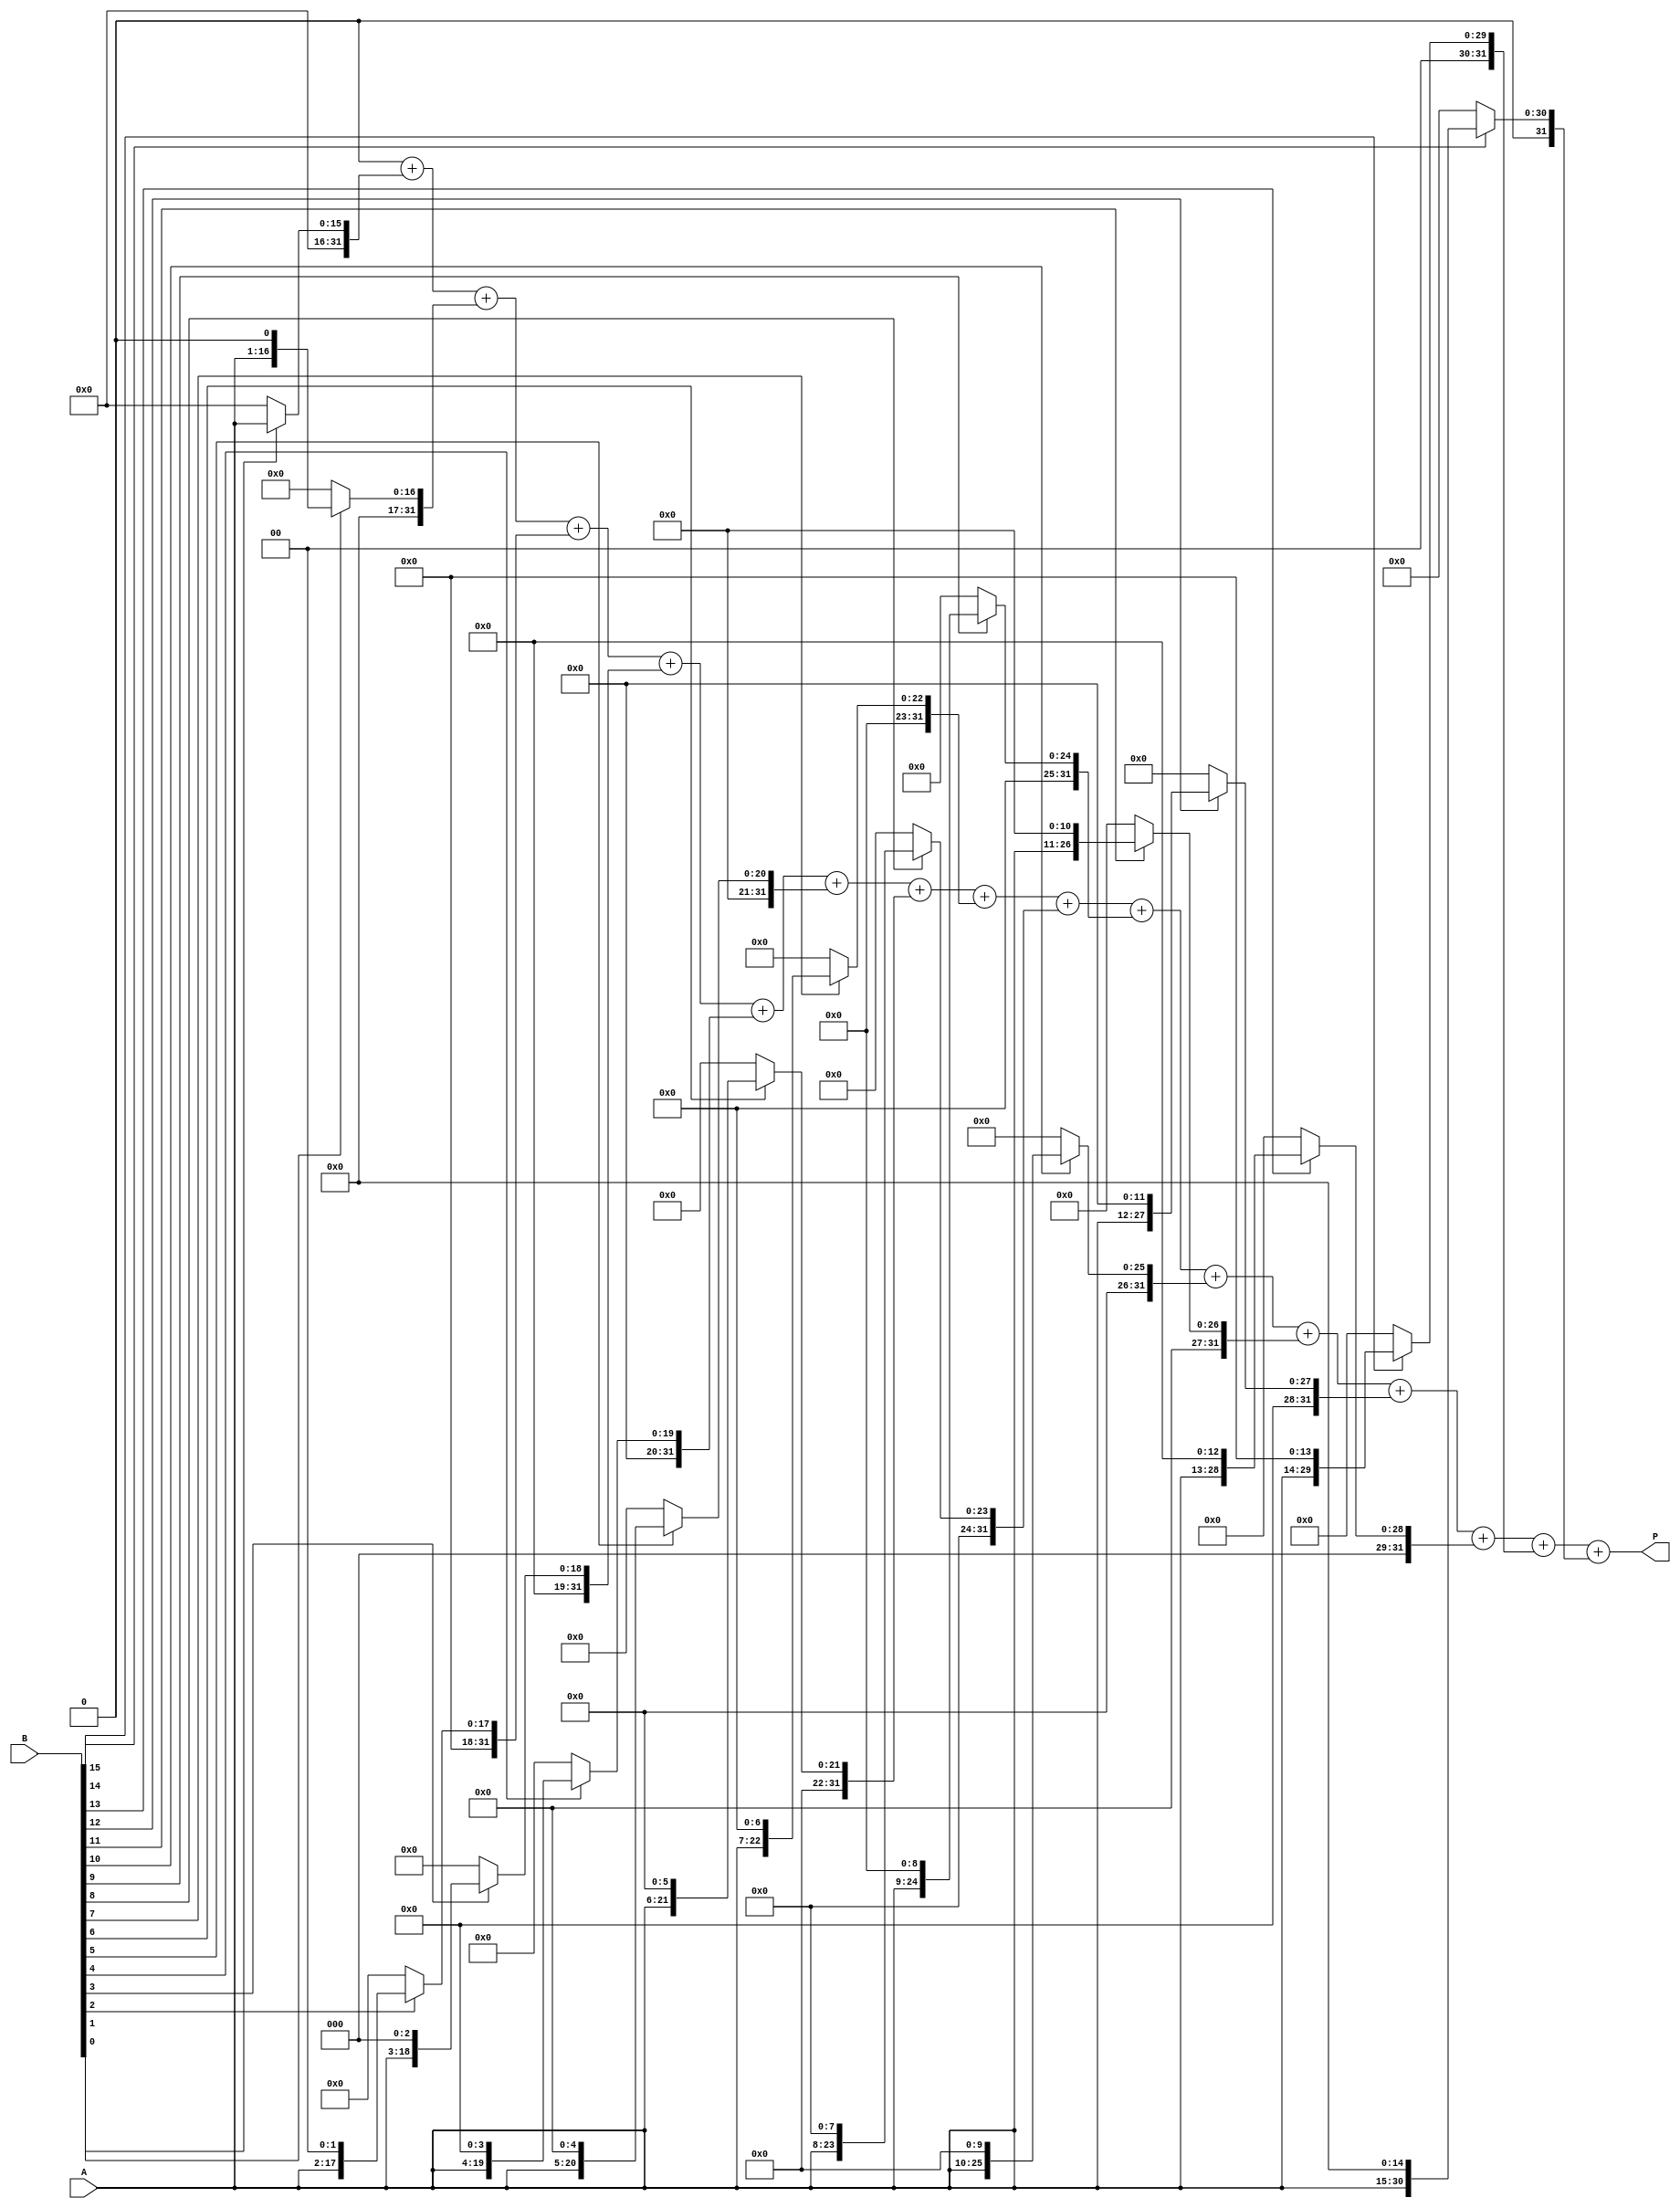
module variable_length_wallace_multiplier #(parameter MAX_WIDTH = 16)(
    input [MAX_WIDTH-1:0] A,  // Input A
    input [MAX_WIDTH-1:0] B,  // Input B
    output reg [2*MAX_WIDTH-1:0] P  // Output Product
);
    integer i, j;
    reg [2*MAX_WIDTH-1:0] partial_products[MAX_WIDTH-1:0];

    // Generate Partial Products
    always @(*) begin
        // Initialize partial products to zero
        for (i = 0; i < MAX_WIDTH; i = i + 1) begin
            partial_products[i] = 0;
        end
        
        // Generate partial products by ANDing each bit of B with A
        for (i = 0; i < MAX_WIDTH; i = i + 1) begin
            if (B[i]) begin
                partial_products[i] = A << i; // Shift A by i
            end
        end

        // Wallace Tree Reduction
        P = 0; // Initialize product
        for (i = 0; i < MAX_WIDTH; i = i + 1) begin
            P = P + partial_products[i]; // Sum all partial products
        end
    end
endmodule